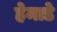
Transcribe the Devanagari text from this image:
हेमाडे